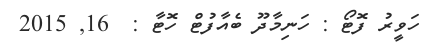
ހަވީރު ފޮޓޯ : ހަނިމާދޫ ބެއާފުޓް ހޮޓާ :  16